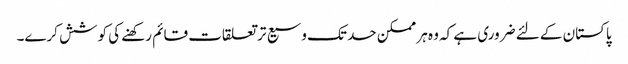
پاکستان کے لئے ضروری ہے کہ وہ ہر ممکن حد تک وسیع تر تعلقات قائم رکھنے کی کوشش کرے۔